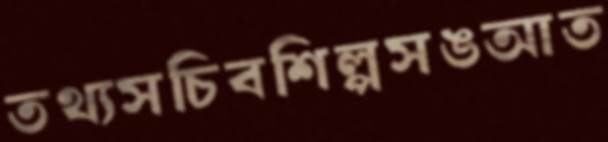
তথ্যসচিবশিল্পসঙআত